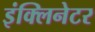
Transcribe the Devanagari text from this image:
इंक्लिनेटर